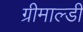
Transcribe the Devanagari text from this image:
ग्रीमाल्डी